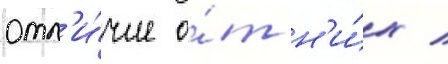
отл'и́чие о́т н'и́х /